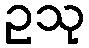
ဥသု